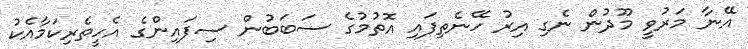
އޭނާ މަރުވީ މޫދުން ނެގި އިރު ހޭނެތިފައި އޮތުމުގެ ސަބަބުން ސިފައިންގެ އެހީތެރިކަމާއެކު